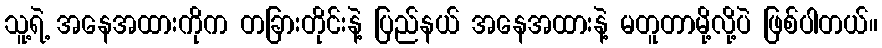
သူ့ရဲ့ အနေအထားကိုက တခြားတိုင်းနဲ့ ပြည်နယ် အနေအထားနဲ့ မတူတာမို့လို့ပဲ ဖြစ်ပါတယ်။